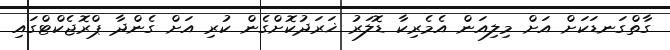
ގާތްގަނޑަކަށް އަށް މިލިއަން އެމެރިކާ ޑޮލަރު ޚަރަދުކޮށްގެން ކުރި އަށް ގެންދާ ޕްރޮޖެކްޓްގައި